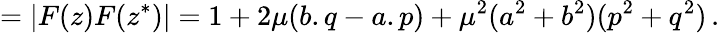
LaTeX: =|F(z)F(z^{*})|=1+2\mu(b.q-a.p)+\mu^{2}(a^{2}+b^{2})(p^{2}+q^{2})\, .